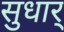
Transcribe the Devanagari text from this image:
सुधार्